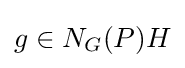
g\in N_{G}(P)H